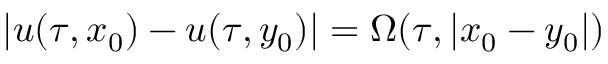
| u ( \tau , x _ { 0 } ) - u ( \tau , y _ { 0 } ) | = \Omega ( \tau , | x _ { 0 } - y _ { 0 } | )